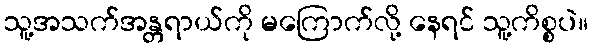
သူ့အသက်အန္တရာယ်ကို မကြောက်လို့ နေရင် သူ့ကိစ္စပဲ။